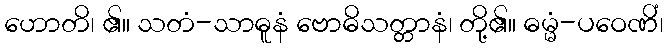
ဟောတိ၊ ၏။ သတံ-သာဓူနံ ဗောဓိသတ္တာနံ၊ တို့၏။ ဓမ္မံ-ပဝေဏိံ၊